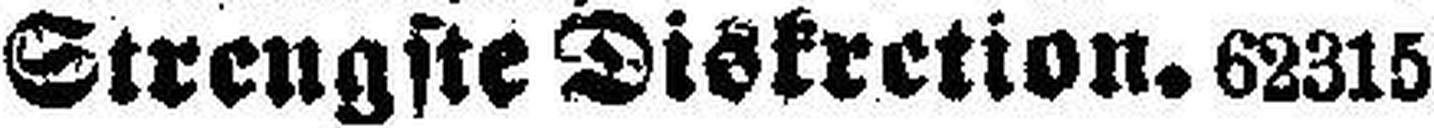
Strengste Diskretion. 62315